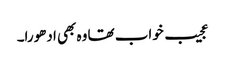
عجیب خواب تھا وہ بھی ادھورا۔